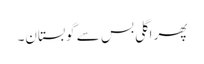
پھر اگلی بس سے گوبستان۔